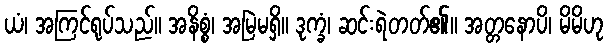
ယံ၊ အကြင်ရုပ်သည်။ အနိစ္စံ၊ အမြဲမရှိ။ ဒုက္ခံ၊ ဆင်းရဲတတ်၏။ အတ္တနောပိ၊ မိမိဟု